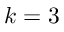
k = 3